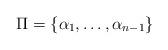
LaTeX: \begin{align*}\Pi=\{\alpha_{1},\ldots,\alpha_{n-1}\}\end{align*}